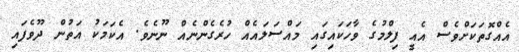
އެއްގޮތަކަށްވެސް އެއީ ފިލްމުގެ ވާހަކައިގައި މައްސަލައެއް ހުރެގެންނެއް ނޫނެވެ. އެކަމަކު އަތުން ދޫވެފައި